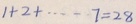
1 + 2 + \cdots 7 = 2 8